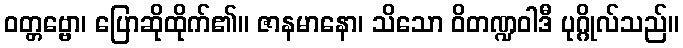
ဝတ္တဗ္ဗော၊ ပြောဆိုထိုက်၏။ ဇာနမာနော၊ သိသော ဝိတဏ္ဍဝါဒီ ပုဂ္ဂိုလ်သည်။